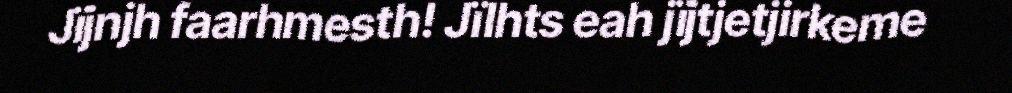
Jïjnjh faarhmesth! Jïlhts eah jïjtjetjirkeme